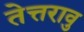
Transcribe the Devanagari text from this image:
तेत्तरावु